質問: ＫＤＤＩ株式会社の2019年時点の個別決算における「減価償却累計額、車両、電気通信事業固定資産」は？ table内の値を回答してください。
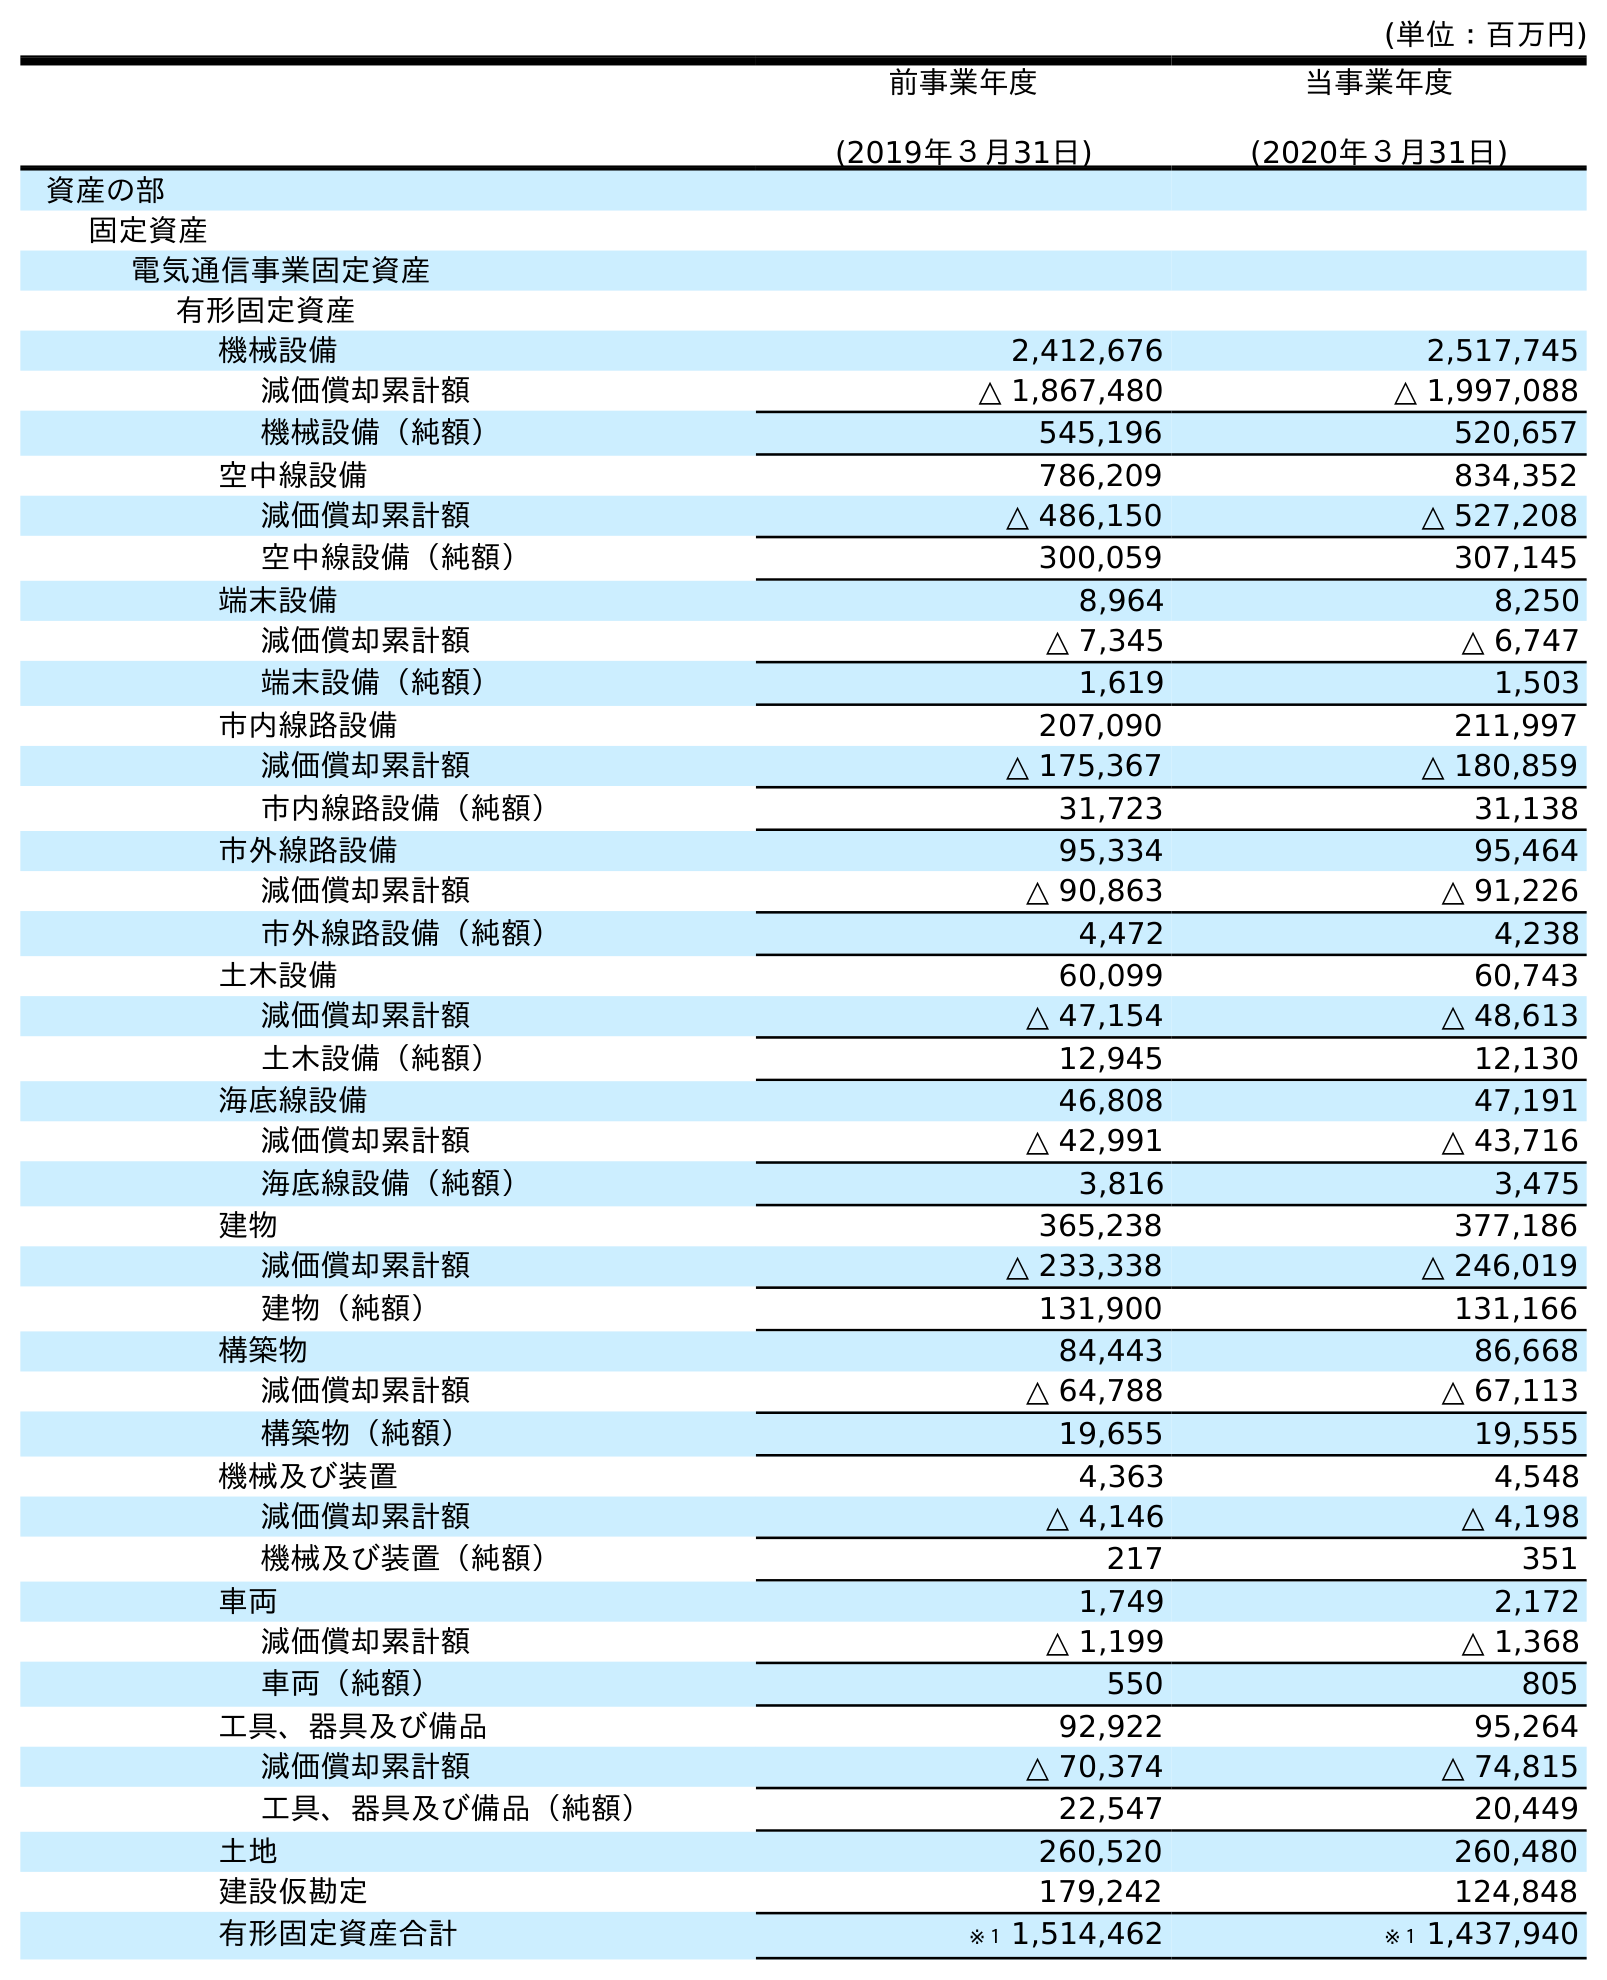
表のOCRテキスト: (単位：百万円) 前事業年度 (2019年３月31日) 当事業年度 (2020年３月31日) 資産の部 固定資産 電気通信事業固定資産 有形固定資産 機械設備 2,412,676 2,517,745 減価償却累計額 △ 1,867,480 △ 1,997,088 機械設備（純額） 545,196 520,657 空中線設備 786,209 834,352 減価償却累計額 △ 486,150 △ 527,208 空中線設備（純額） 300,059 307,145 端末設備 8,964 8,250 減価償却累計額 △ 7,345 △ 6,747 端末設備（純額） 1,619 1,503 市内線路設備 207,090 211,997 減価償却累計額 △ 175,367 △ 180,859 市内線路設備（純額） 31,723 31,138 市外線路設備 95,334 95,464 減価償却累計額 △ 90,863 △ 91,226 市外線路設備（純額） 4,472 4,238 土木設備 60,099 60,743 減価償却累計額 △ 47,154 △ 48,613 土木設備（純額） 12,945 12,130 海底線設備 46,808 47,191 減価償却累計額 △ 42,991 △ 43,716 海底線設備（純額） 3,816 3,475 建物 365,238 377,186 減価償却累計額 △ 233,338 △ 246,019 建物（純額） 131,900 131,166 構築物 84,443 86,668 減価償却累計額 △ 64,788 △ 67,113 構築物（純額） 19,655 19,555 機械及び装置 4,363 4,548 減価償却累計額 △ 4,146 △ 4,198 機械及び装置（純額） 217 351 車両 1,749 2,172 減価償却累計額 △ 1,199 △ 1,368 車両（純額） 550 805 工具、器具及び備品 92,922 95,264 減価償却累計額 △ 70,374 △ 74,815 工具、器具及び備品（純額） 22,547 20,449 土地 260,520 260,480 建設仮勘定 179,242 124,848 有形固定資産合計 ※１ 1,514,462 ※１ 1,437,940
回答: △1,199